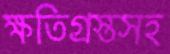
ক্ষতিগ্রস্তসহ